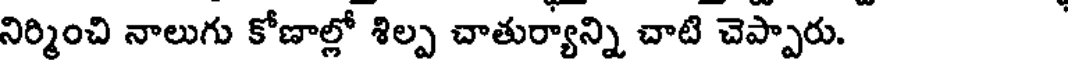
నిర్మించి నాలుగు కోణాల్లో శిల్ప చాతుర్యాన్ని చాటి చెప్పారు.